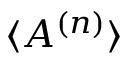
\langle A ^ { ( n ) } \rangle